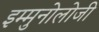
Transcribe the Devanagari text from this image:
इम्मुनोलोजी